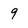
Character: 9